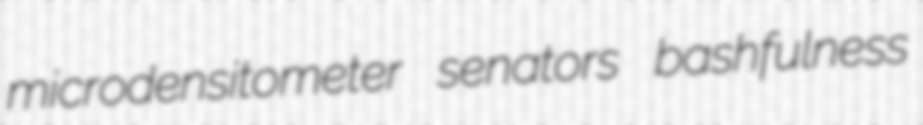
microdensitometer senators bashfulness